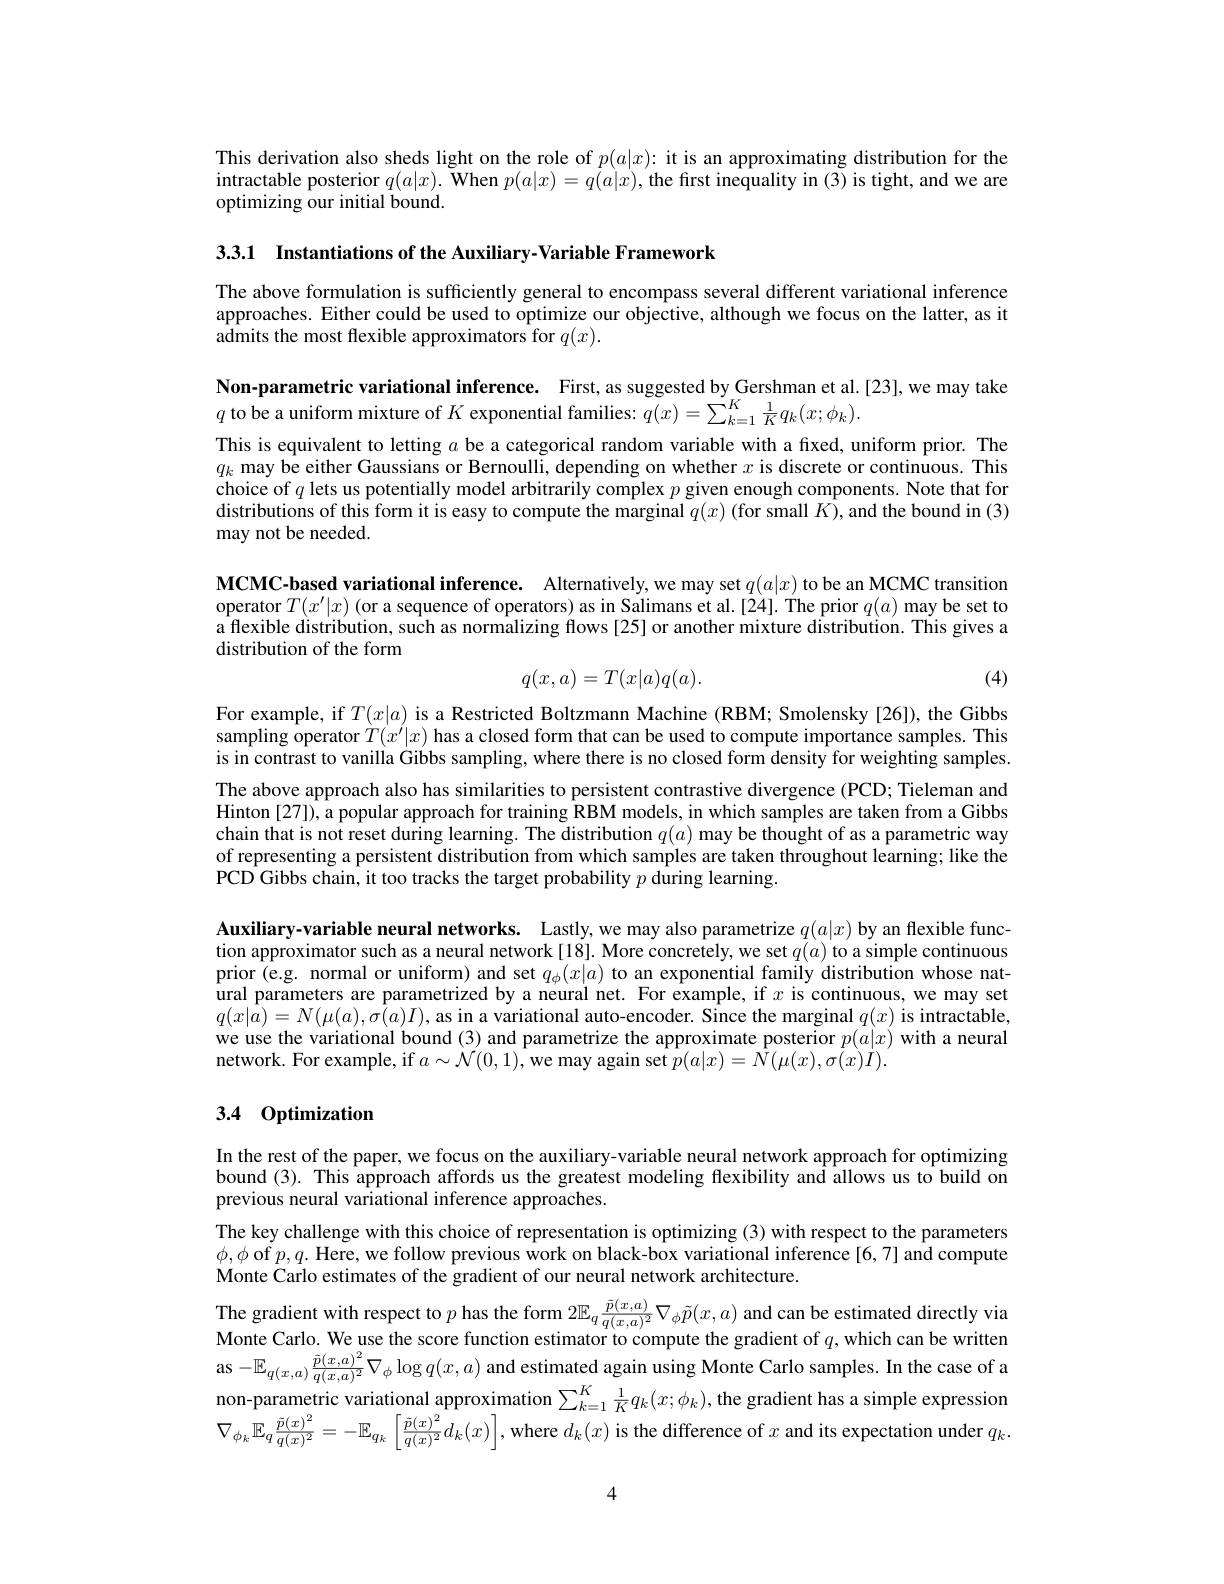
This derivation also sheds light on the role of $p(a|x):$ it is an approximating distribution for the intractable posterior $q( a| x) . \textbf{When }p( a| x) = q( a| x) , \textbf{the first inequality in ( 3) is tight, and we are}$ optimizing our initial bound.

3.3.1 $\textbf{Instantiations of the Auxiliary- Variable Framework}$

The above formulation is sufficiently general to encompass several different variational inference approaches. Either could be used to optimize our objective, although we focus on the latter, as it admits the most flexible approximators for $q(x).$

Non-parametric variational inference. First, as suggested by Gershman et al.[23], we may take
$q$ to be a uniform mixture of $K$ exponential families: $q(x)=\tilde{\sum}_{k=1}^{K}\frac{1}{K}q_{k}(x;\phi_{k}).$
This is equivalent to letting $a$ be a categorical random variable with a fixed, uniform prior. The $q_k$ may be either Gaussians or Bernoulli, depending on whether $x$ is discrete or continuous. This choice of $q$ lets us potentially model arbitrarily complex $p$ given enough components. Note that for distributions of this form it is easy to compute the marginal $q(x)$ (for small $K)$,and the bound in (3) may not be needed.

MCMC-based variational inference. Alternatively,we may set $q(a|x)$ to be an MCMC transition operator $T(x^\prime|x)$ (or a sequence of operators) as in Salimans et al.[24]. The prior $q(a)$ may be set to a flexible distribution, such as normalizing flows[25] or another mixture distribution. This gives a distribution of the form
$$q(x,a)=T(x|a)q(a).$$
(4)

For example, if $T(x|a)$ is a Restricted Boltzmann Machine (RBM; Smolensky[26]), the Gibbs sampling operator $T(x^\prime|x)$ has a closed form that can be used to compute importance samples. This is in contrast to vanilla Gibbs sampling, where there is no closed form density for weighting samples. The above approach also has similarities to persistent contrastive divergence (PCD; Tieleman and Hinton [27]), a popular approach for training RBM models, in which samples are taken from a Gibbs chain that is not reset during learning. The distribution $q(a)$ may be thought of as a parametric way of representing a persistent distribution from which samples are taken throughout learning; like the PCD Gibbs chain, it too tracks the target probability $p$ during learning.

Auxiliary-variable neural networks. Lastly, we may also parametrize $q(a|x)$ by an flexible function approximator such as a neural network[18]. More concretely, we set $q(a)$ to a simple continuous prior(e.g. normal or uniform) and set $q_\phi(x|a)$ to an exponential family distribution whose natural parameters are parametrized by a neural net. For example, if $x$ is continuous, we may set $q(x|\hat{a})=N(\mu(a),\tilde{\sigma(a)}I)$, as in a variational auto-encoder. Since the marginal $q(x)$ is intractable, we use the variational bound (3) and parametrize the approximate posterior $p(a|x)$ with a neural network. For example, if $a\sim\mathcal{N}(0,1)$,we may again set $\hat{p}(a|x)=\hat{N}(\mu(x),\sigma(x)\dot{I}).$

## 3.4 Optimization

In the rest of the paper, we focus on the auxiliary-variable neural network approach for optimizing bound (3). This approach affords us the greatest modeling flexibility and allows us to build on previous neural variational inference approaches.
The key challenge with this choice of representation is optimizing (3) with respect to the parameters $\phi,\phi$ of $p,q.$ Here, we follow previous work on black-box variational inference[6,7] and compute Monte Carlo estimates of the gradient of our neural network architecture.
The gradient with respect to $p$ has the form $2\mathbb{E}_q\frac{\tilde{p}(x,a)}{q(x,a)^2}\nabla_\phi\tilde{p}(x,a)$ and can be estimated directly via Monte Carlo. We use the score function estimator to compute the gradient of $q$, which can be written as $-\mathbb{E}_{q(x,a)}\frac{\tilde{p}(x,a)^{2}}{q(x,a)^{2}}\nabla_{\phi}\log q(x,a)$ and estimated again using Monte Carlo samples. In the case of $z$ non-parametric variational approximation $\sum_{k=1}^K\frac1Kq_k(x;\phi_k)$, the gradient has a simple expression $\nabla_{\phi_{k}}\mathbb{E}_{q}\frac{p(x)}{q(x)^{2}}=-\mathbb{E}_{q_{k}}\left.\left|\frac{p(x)}{q(x)^{2}}d_{k}(x)\right|,\mathrm{~where~}d_{k}(x)\mathrm{~is~the~difference~of~}x\mathrm{~and~its~expectation~under~}q_{k}\right)$

4